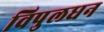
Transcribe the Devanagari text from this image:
विपुलधन